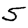
Digit: 5